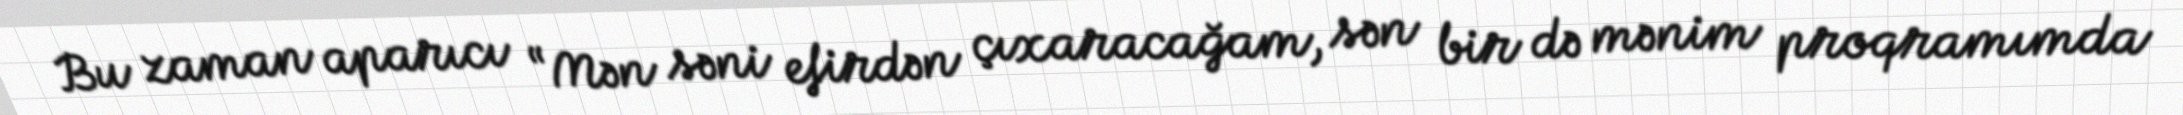
Bu zaman aparıcı “Mən səni efirdən çıxaracağam, sən bir də mənim proqramımda